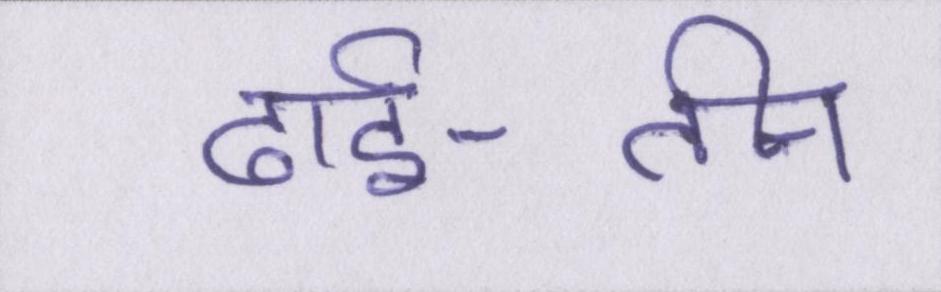
ढाई-तीन